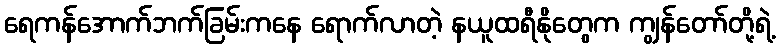
ရေကန်အောက်ဘက်ခြမ်းကနေ ရောက်လာတဲ့ နယူထရီနိုတွေက ကျွန်တော်တို့ရဲ့